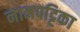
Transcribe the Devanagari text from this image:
नामपट्टिका